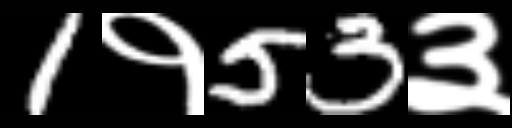
Text: 1१53३